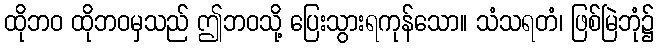
ထိုဘဝ ထိုဘဝမှသည် ဤဘဝသို့ ပြေးသွားရကုန်သော။ သံသရတံ၊ ဖြစ်မြဲဘုံ၌